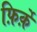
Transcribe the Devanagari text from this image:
फ़िर्क़े